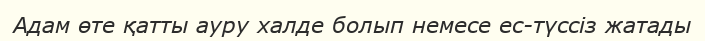
Адам өте қатты ауру халде болып немесе ес-түссіз жатады